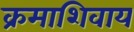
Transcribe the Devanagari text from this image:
क्रमाशिवाय